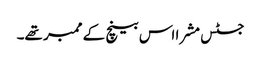
جسٹس مشرا اس بینچ کے ممبر تھے۔